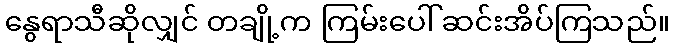
နွေရာသီဆိုလျှင် တချို့က ကြမ်းပေါ် ဆင်းအိပ်ကြသည်။